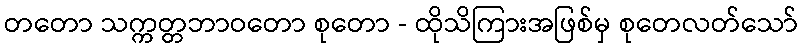
တတော သက္ကတ္တဘာဝတော စုတော - ထိုသိကြားအဖြစ်မှ စုတေလတ်သော်